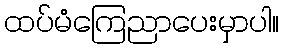
ထပ်မံကြေညာပေးမှာပါ။